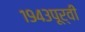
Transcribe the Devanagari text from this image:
१९४३पूर्वी